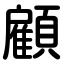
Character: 顧